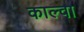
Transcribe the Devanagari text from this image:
काल्वा